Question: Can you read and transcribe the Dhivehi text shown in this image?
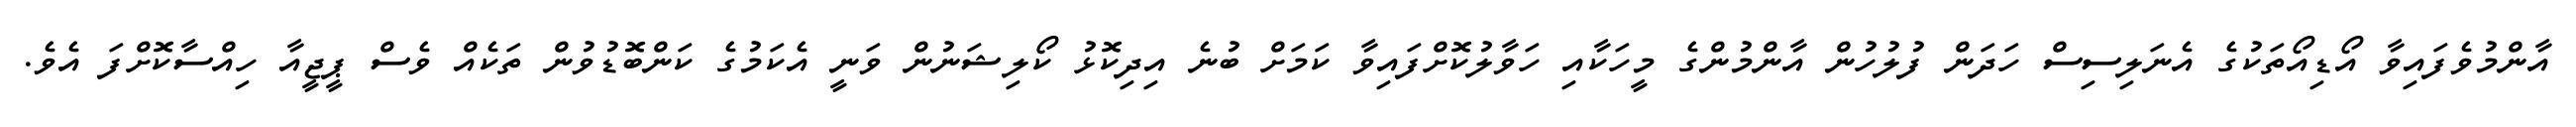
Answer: އާންމުވެފައިވާ އޯޑިއޯތަކުގެ އެނަލިސިސް ހަދަން ފުލުހުން އާންމުންގެ މީހަކާއި ހަވާލުކޮށްފައިވާ ކަމަށް ބުނެ އިދިކޮޅު ކޯލިޝަނުން ވަނީ އެކަމުގެ ކަންބޮޑުވުން ތަކެއް ވެސް ޕީޖީއާ ހިއްސާކޮށްފަ އެވެ.